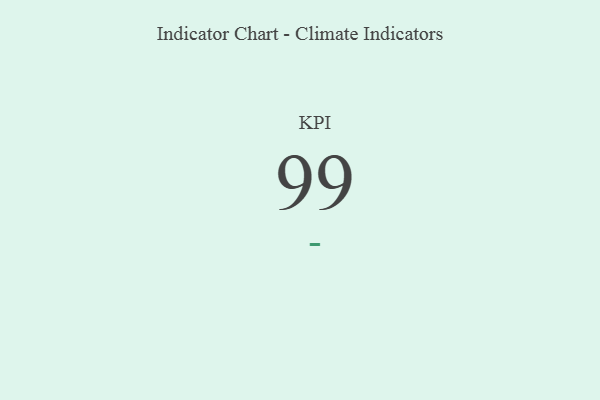
{"axis": {"x": "KPI", "y": "Value"}, "legend": [""], "data": [{"x": "KPI", "y": 99, "type": ""}]}